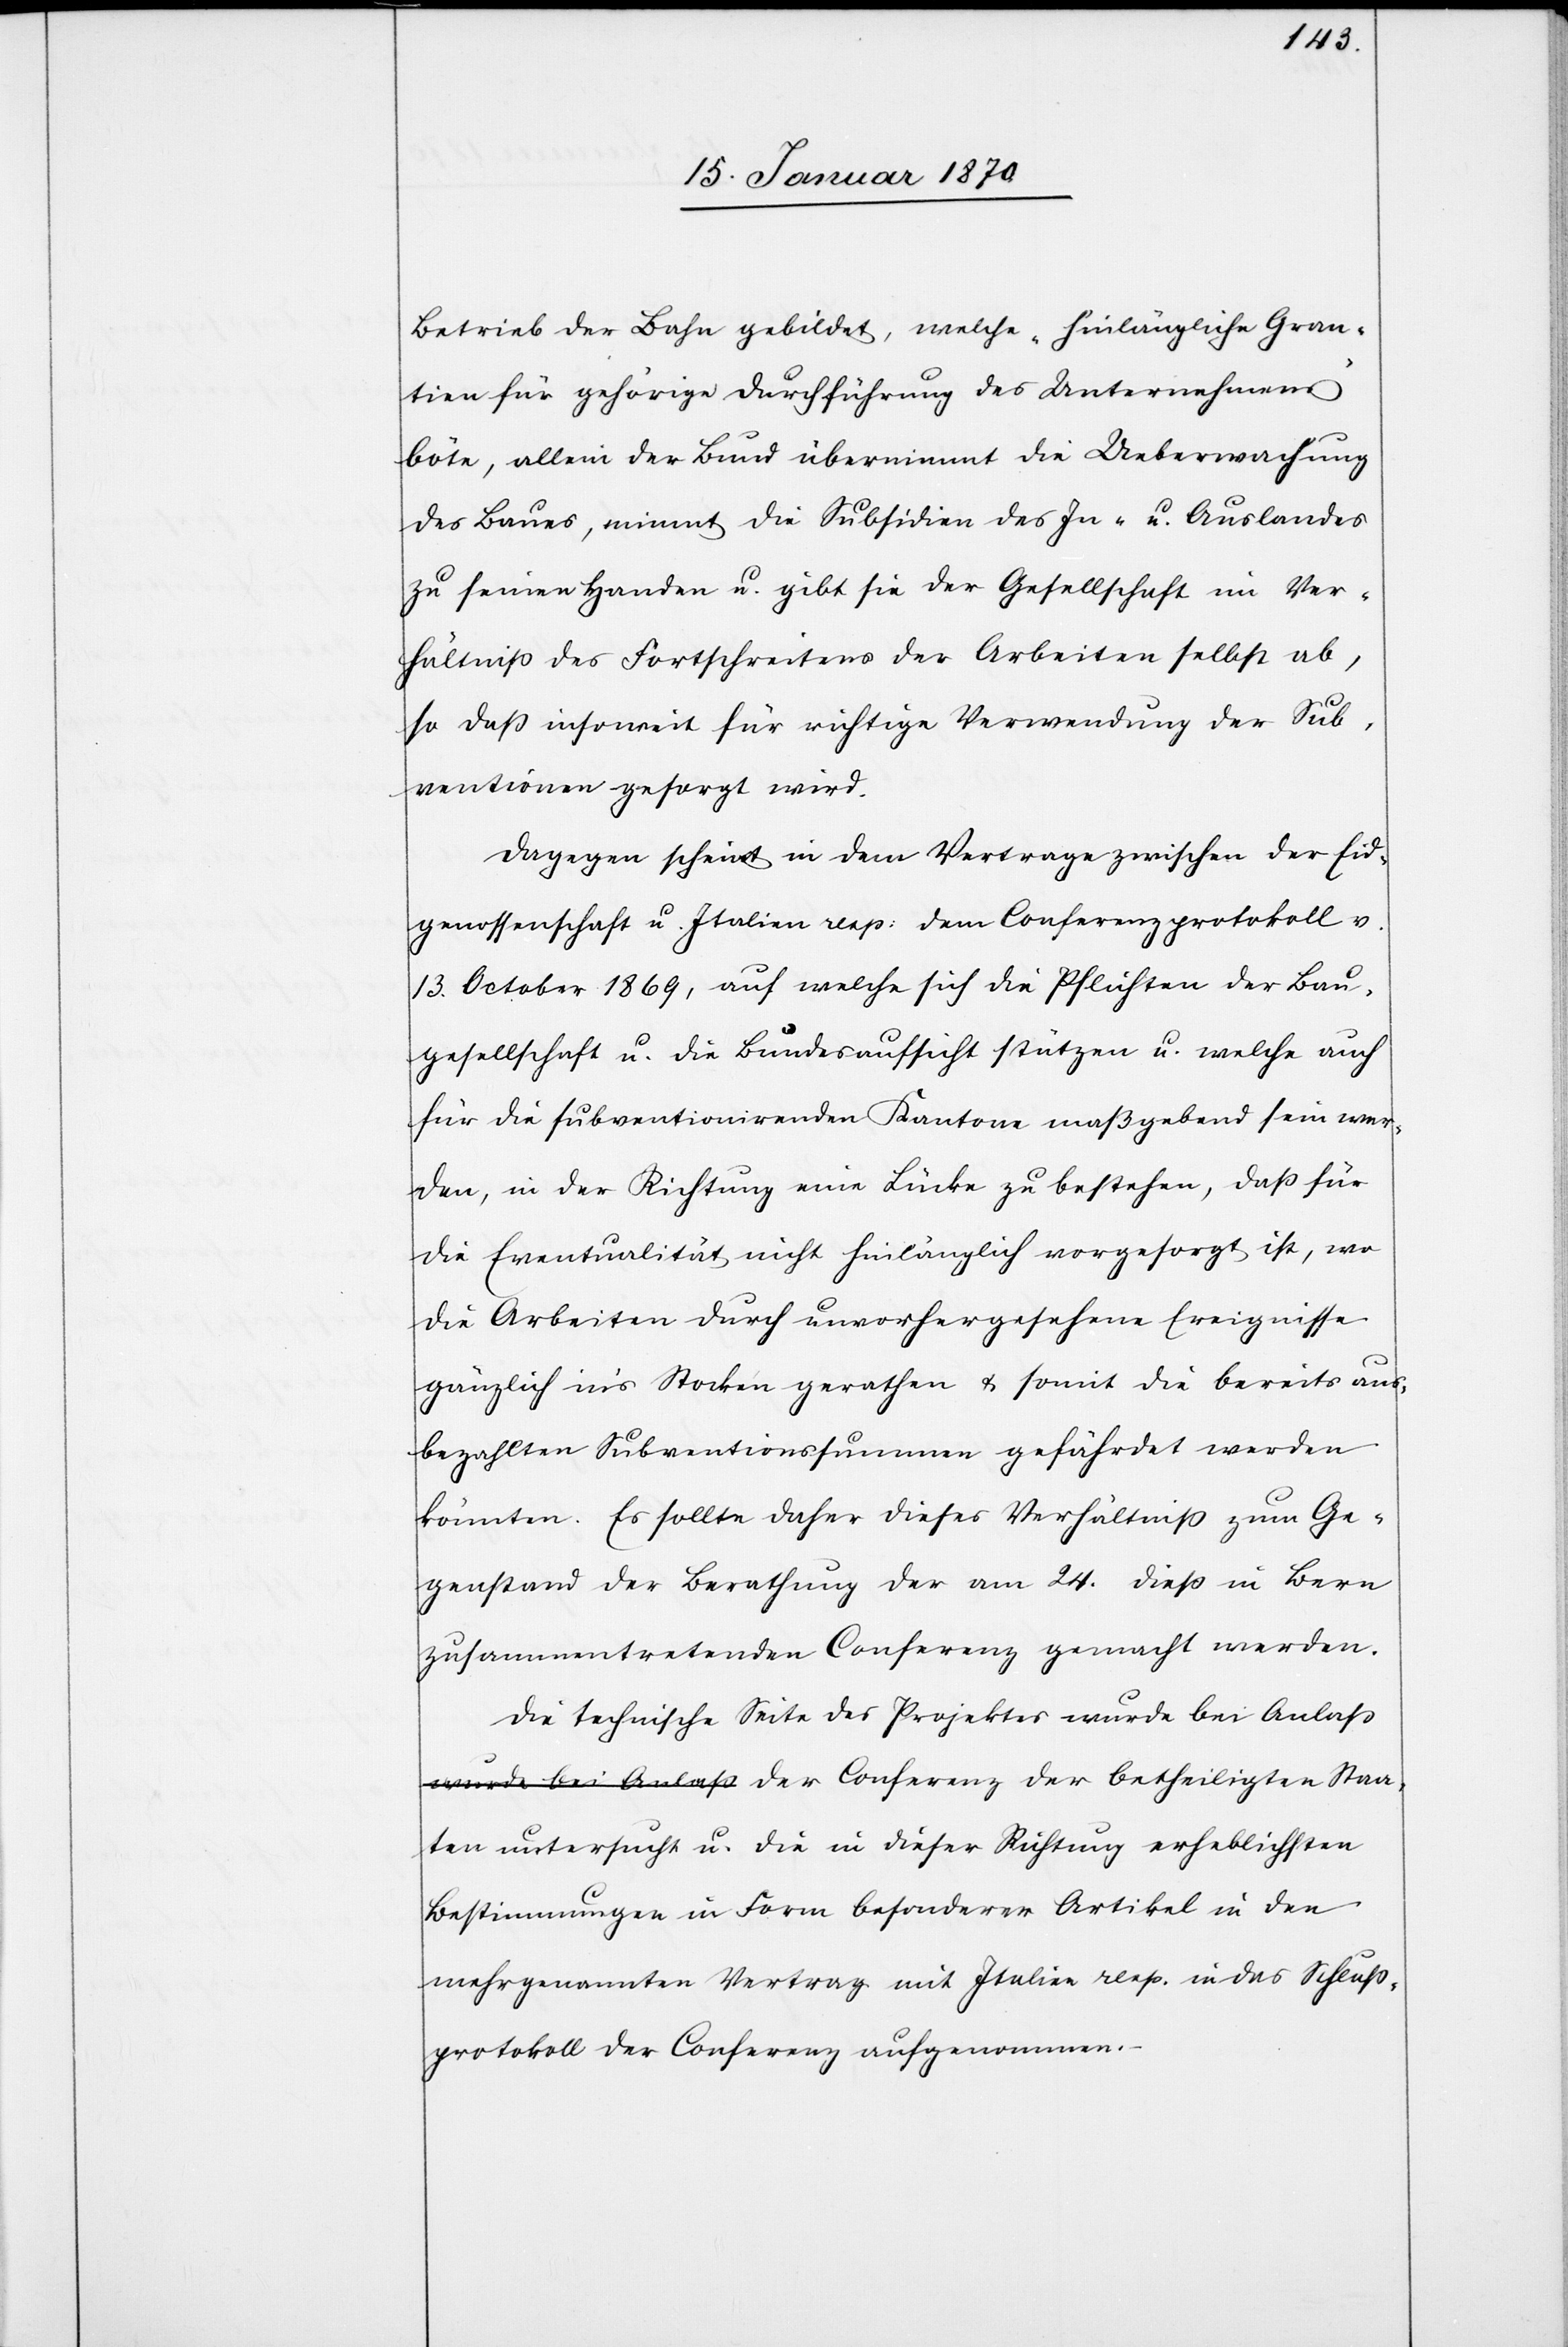
Staa¬
Betrieb der Bahn gebildet, welche „hinlängliche G[a]r¬
antien für gehörige Durchführung des Unternehmens“
böte, allein der Bund übernimmt die Ueberwachung
des Baues, nimmt die Subsidien des In- u. Auslandes
zu seinen Handen u. gibt sie der Gesellschaft im Ver¬
hältniß des Fortschreitens der Arbeiten selbst ab,
so daß insoweit für richtige Verwendung der Sub¬
ventionen gesorgt wird.
Dagegen scheint in dem Vertrage zwischen der Eid¬
genossenschaft u. Italien resp: dem Conferenzprotokoll v.
13. October 1869, auf welche sich die Pflichten der Bau¬
gesellschaft u. die Bundesaufsicht stützen u. welche auch
für die subventionirenden Kantone maßgebend sein wer¬
den, in der Richtung eine Lücke zu bestehen, daß für
die Eventualität nicht hinlänglich vorgesorgt ist, wo
die Arbeiten durch unvorhergesehene Ereignisse
gänzlich in‘s Stocken gerathen u. somit die bereits aus¬
bezahlten Subventionssummen gefährdet werden
könnten. Es sollte daher dieses Verhältniß zum Ge¬
genstand der Berathung der am 24. dieß in Bern
zusammentretenden Conferenz gemacht werden.
Die technische Seite des Projektes wurde bei Anlaß
ten untersucht u. die in dieser Richtung erheblichsten
Bestimmungen in Form besonderer Artikel in den
mehrgenannten Vertrag mit Italien resp. in das Schluß¬
protokoll der Conferenz aufgenommen.